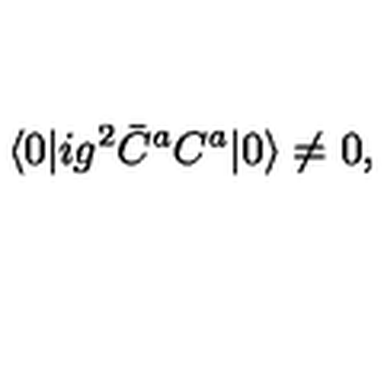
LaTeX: \langle 0 | i g ^ { 2 } \bar { C } ^ { a } C ^ { a } | 0 \rangle \not = 0 ,